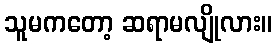
သူမကတော့ ဆရာမလျိုလား။